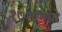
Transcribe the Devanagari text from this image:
१७१८मध्ये